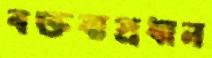
বক্তব্যপ্রধান